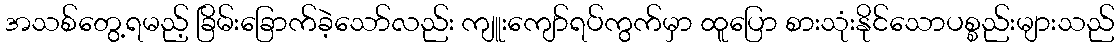
အသစ်တွေ့ရမည့် ခြိမ်းခြောက်ခဲ့သော်လည်း ကျူးကျော်ရပ်ကွက်မှာ ထူပြော စားသုံးနိုင်သောပစ္စည်းများသည်